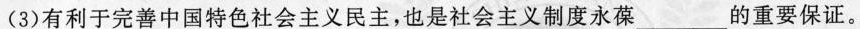
(3)有利于完善中国特色社会主义民主，也是社会主义制度永葆_的重要保证。